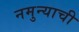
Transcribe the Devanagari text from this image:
नमुन्याची